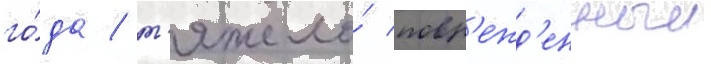
го́да / т'яжело́ повр'ежд'енныи